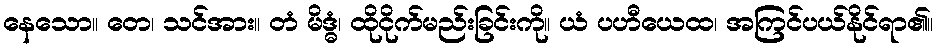
နေသော။ တေ၊ သင်အား။ တံ မိဒ္ဓံ၊ ထိုငိုက်မည်းခြင်းကို။ ယံ ပဟီယေထ၊ အကြင်ပယ်နိုင်ရာ၏။